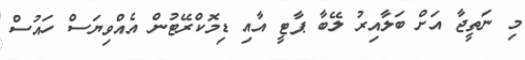
މި ނަތީޖާ އަށް ބަލާއިރު ލޭބާ ޕާޓީ އާއި ޑިމޮކްރޭޓުން އެއްވިޔަސް ހައުސް